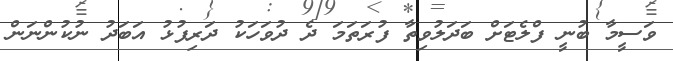
ވަސީމާ ބުނީ ފްލެޓަށް ބަދަލުވިތާ ފުރަތަމަ ދެ ދުވަހަކު ދަރިފުޅު އަބަދު ނުކުންނަން